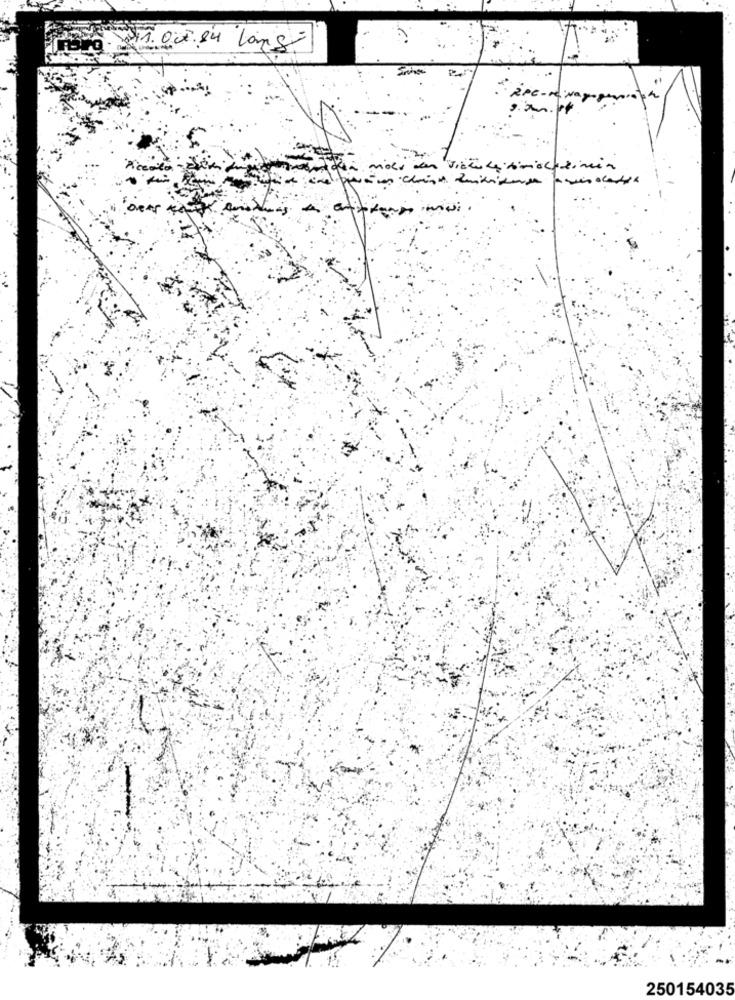
Foro. 11. Our. 84 lang
2pc - .
250154035